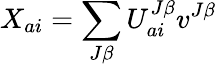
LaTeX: X_{ai}=\sum_{J\beta}U_{ai}^{J\beta}v^{J\beta}